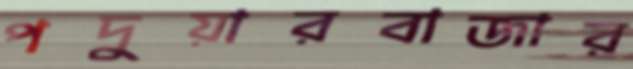
পদুয়ারবাজার